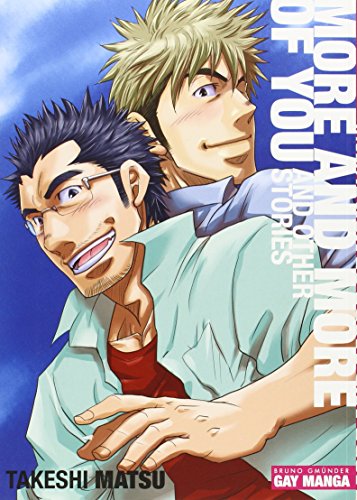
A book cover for More and More of You: Gay-Manga; Takeshi Matsu; Comics & Graphic Novels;